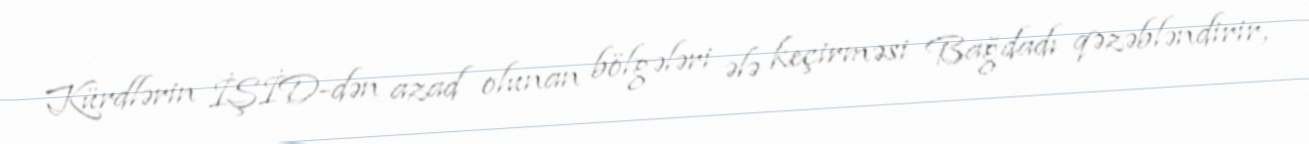
Kürdlərin İŞİD-dən azad olunan bölgələri ələ keçirməsi Bağdadı qəzəbləndirir,